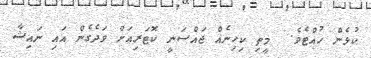
ކުޅެން ހުއްޓެވެ.  މީތި ކިހިނެއް ޖައްސަނީ ކޮޓަރިއަށް ވަދެގެން އައި ނައިޝާ